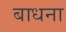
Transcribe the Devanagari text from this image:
बाधना